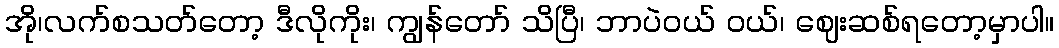
အို၊လက်စသတ်တော့ ဒီလိုကိုး၊ ကျွန်တော် သိပြီ၊ ဘာပဲဝယ် ဝယ်၊ ဈေးဆစ်ရတော့မှာပါ။